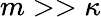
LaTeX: m>>\kappa